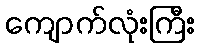
ကျောက်လုံးကြီး